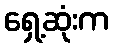
ရှေ့ဆုံးက